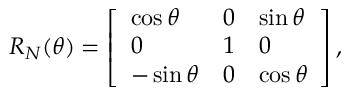
R _ { N } ( \theta ) = \left[ \begin{array} { l l l } { \cos \theta } & { 0 } & { \sin \theta } \\ { 0 } & { 1 } & { 0 } \\ { - \sin \theta } & { 0 } & { \cos \theta } \end{array} \right] ,